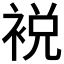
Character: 裞